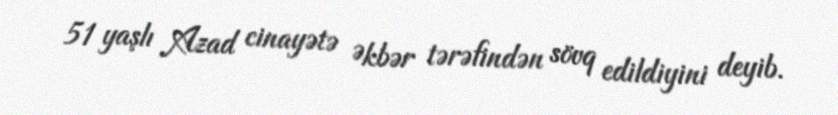
51 yaşlı Azad cinayətə Əkbər tərəfindən sövq edildiyini deyib.